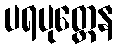
ပရပုတ္တေန